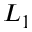
L _ { 1 }